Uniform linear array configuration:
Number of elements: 24
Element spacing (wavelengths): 1
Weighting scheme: cosine
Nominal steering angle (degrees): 30
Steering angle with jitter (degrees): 28.494
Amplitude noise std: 0.05
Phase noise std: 0.05

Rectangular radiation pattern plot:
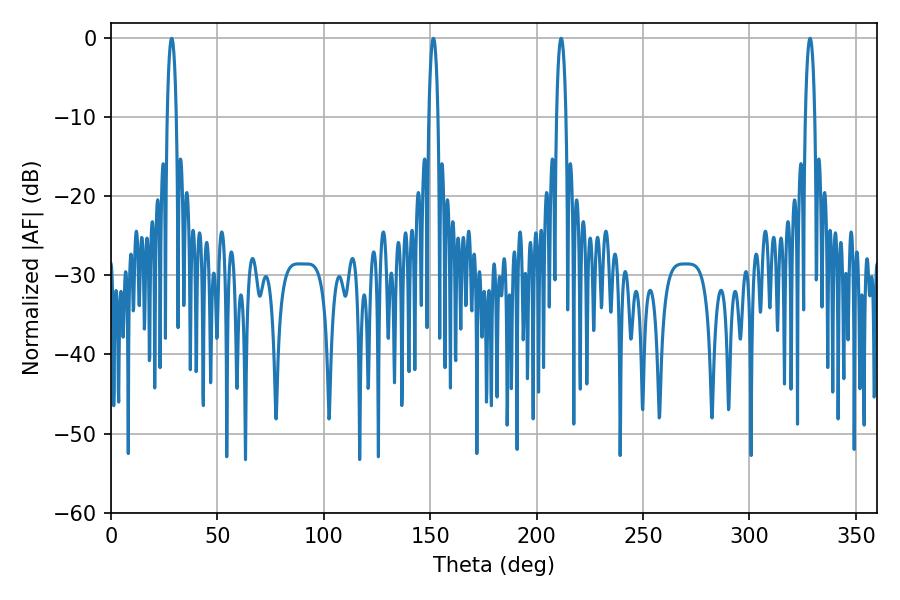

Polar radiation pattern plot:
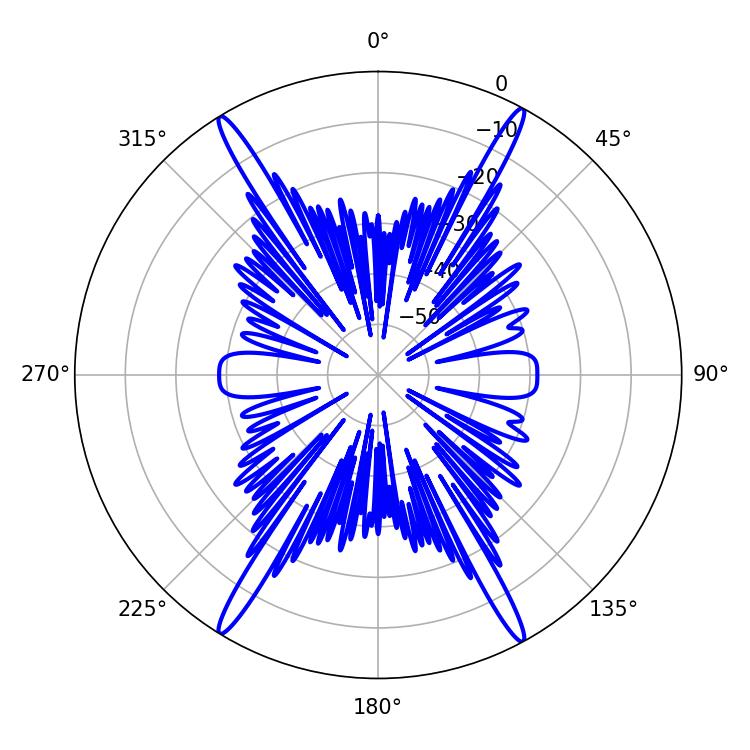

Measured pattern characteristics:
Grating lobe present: TRUE
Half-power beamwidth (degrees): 2.52
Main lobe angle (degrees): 211.5